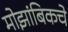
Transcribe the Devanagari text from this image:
मोझांबिकचे